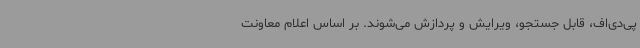
پی‌دی‌اف، قابل جستجو، ویرایش و پردازش می‌شوند. بر اساس اعلام معاونت